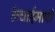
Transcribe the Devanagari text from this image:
ऊँचाईमापी